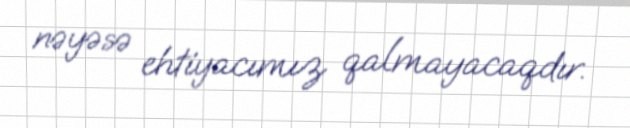
nəyəsə ehtiyacımız qalmayacaqdır.